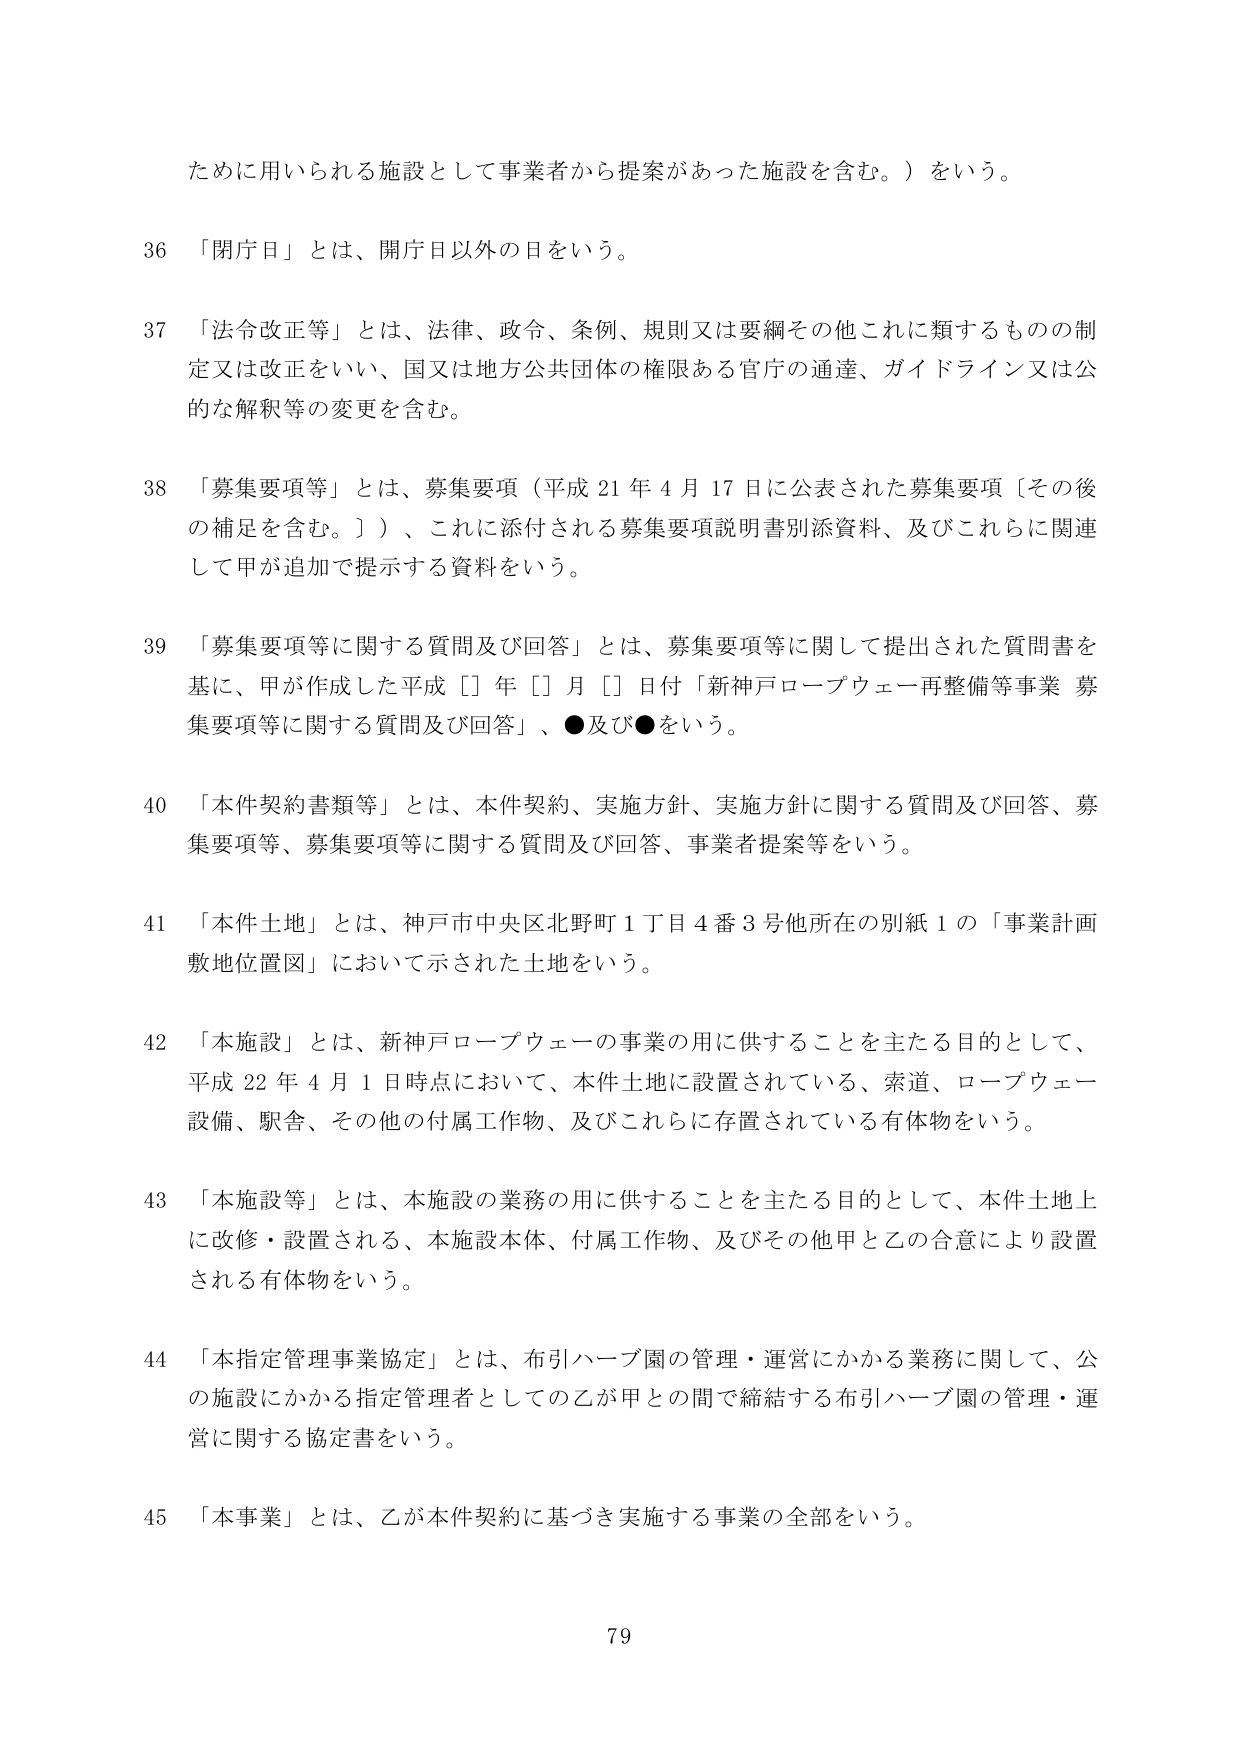
ために用いられる施設として事業者から提案があった施設を含む。）をいう。

36 「閉庁日」とは、開庁日以外の日をいう。

37 「法令改正等」とは、法律、政令、条例、規則又は要綱その他これに類するものの制定又は改正をいい、国又は地方公共団体の権限ある官庁の通達、ガイドライン又は公的な解釈等の変更を含む。

38 「募集要項等」とは、募集要項（平成21年4月17日に公表された募集要項〔その後の補足を含む。〕）、これに添付される募集要項説明書別添資料、及びこれらに関連して甲が追加で提示する資料をいう。

39 「募集要項等に関する質問及び回答」とは、募集要項等に関して提出された質問書を基に、甲が作成した平成［］年［］月［］日付「新神戸ロープウェー再整備等事業 募集要項等に関する質問及び回答」、●及び●をいう。

40 「本件契約書類等」とは、本件契約、実施方針、実施方針に関する質問及び回答、募集要項等、募集要項等に関する質問及び回答、事業者提案等をいう。

41 「本件土地」とは、神戸市中央区北野町1丁目4番3号他所在の別紙1の「事業計画敷地位置図」において示された土地をいう。

42 「本施設」とは、新神戸ロープウェーの事業の用に供することを主たる目的として、平成22年4月1日時点において、本件土地に設置されている、索道、ロープウェー設備、駅舎、その他の付属工作物、及びこれらに存置されている有体物をいう。

43 「本施設等」とは、本施設の業務の用に供することを主たる目的として、本件土地上に改修・設置される、本施設本体、付属工作物、及びその他甲と乙の合意により設置される有体物をいう。

44 「本指定管理事業協定」とは、布引ハーブ園の管理・運営にかかる業務に関して、公の施設にかかる指定管理者としての乙が甲との間で締結する布引ハーブ園の管理・運営に関する協定書をいう。

45 「本事業」とは、乙が本件契約に基づき実施する事業の全部をいう。

79